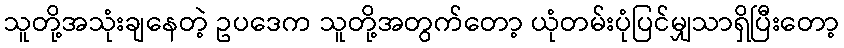
သူတို့အသုံးချနေတဲ့ ဥပဒေက သူတို့အတွက်တော့ ယုံတမ်းပုံပြင်မျှသာရှိပြီးတော့